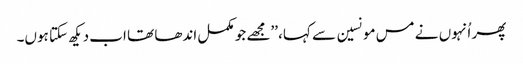
پھر اُنہوں نے مس مونسین سے کہا، ’’مجھے جو مکمل اندھا تھا اب دیکھ سکتا ہوں۔